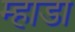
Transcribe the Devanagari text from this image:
म्हाडा